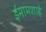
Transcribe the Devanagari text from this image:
ईमामशाहे